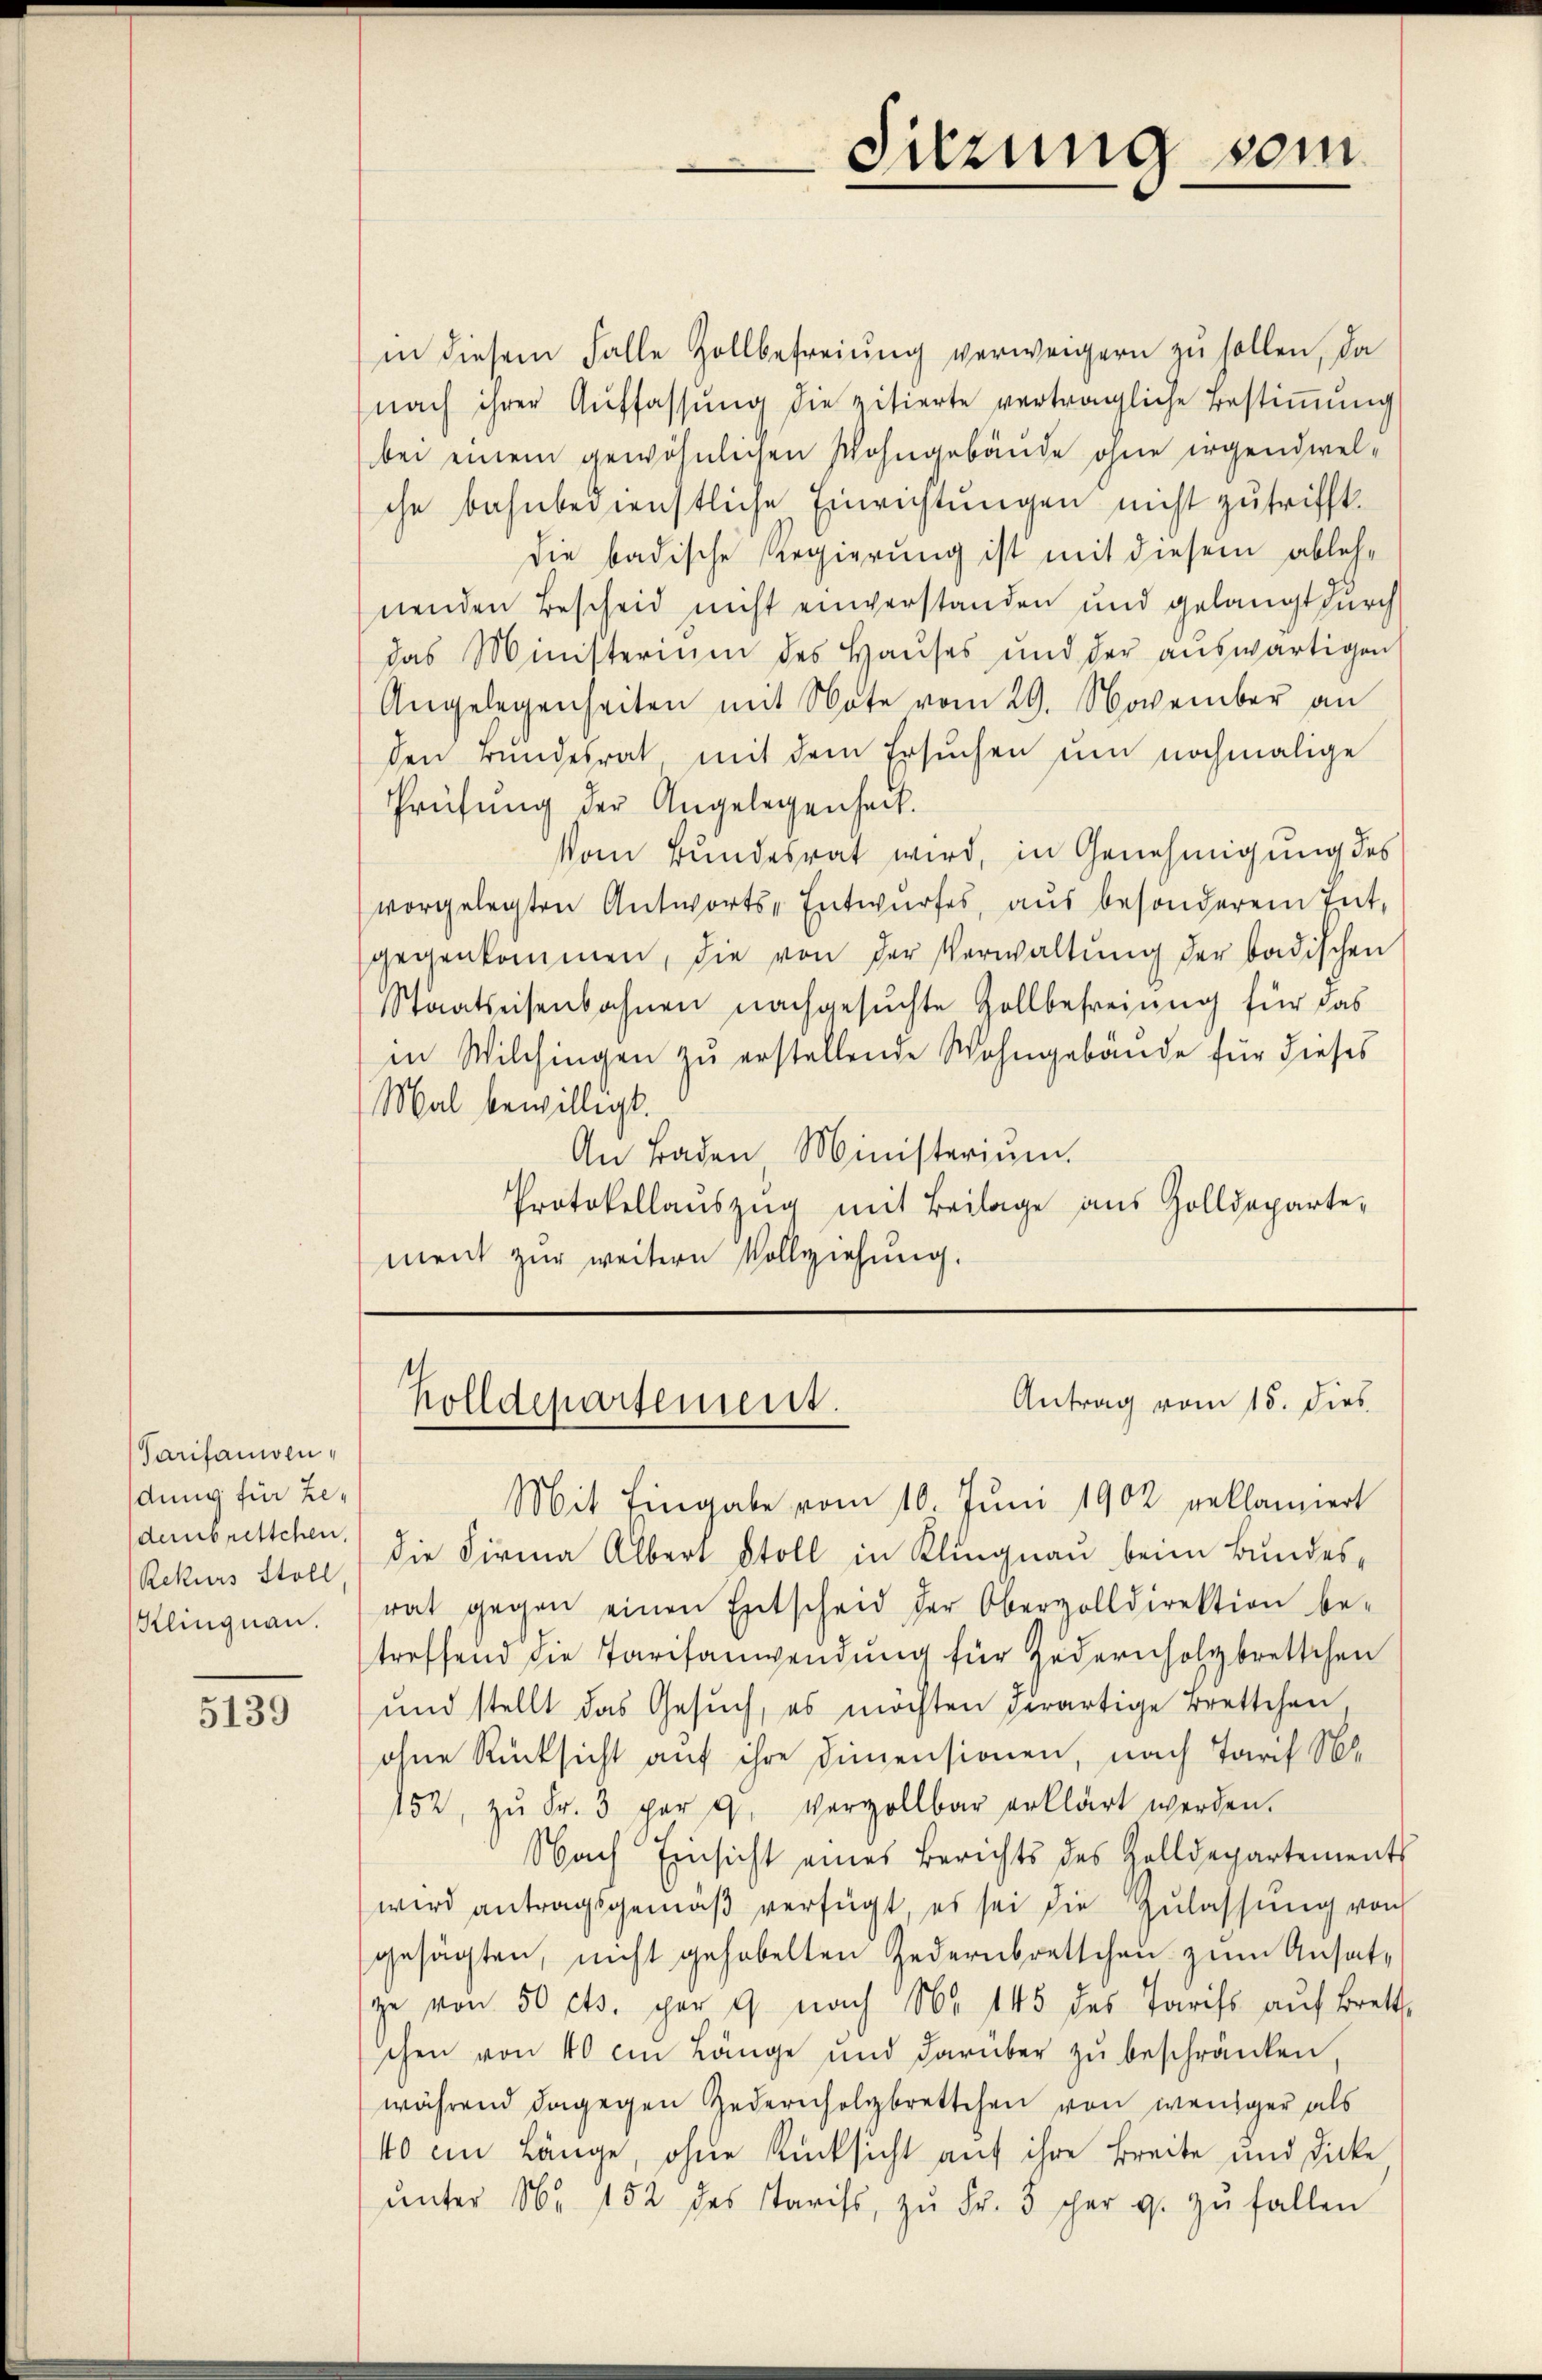
Tarifanoen,
dung für Zedembrettchen,
Rekurs Stoll
Klingnau.

5139

in diesem Falle Zollbefreiung verweigern zu sollen, da
nach ihrer Auffassung die zitierte verträgliche Bestimmung
bei einem gewöhnlichen Wohngebäude ohne irgendwelche bahnbedienstliche Einrichtungen nicht zutrifft.
die badische Regierung ist mit diesem ablehnenden Bescheid nicht einverstanden und gelangt durch
das Ministerium des Haŭses und der aŭswärtigen
Angelegenheiten mit Note vom 29. November an
den Bundesrat mit dem Ersuchen um nochmalige
Prüfung der Angelegenheit.
Vom Bundesrat wird, in Genehmigung des
vorgelegten Antworts-Entwurfes, aus besonderem Tat,
gegenkommen, die von der Verwaltŭng der badischen
Staatseisenbahnen nachgesuchte Zollbefreiung für das
in Wilchingen zu erstellende Wohngebäude für dieses
Mal bewilligt.
An Baden Ministerium.
Protokollauszug mit Beilage aus Zolldepartement zur weitern Vollziehung.

Sitzung vom

Antrag vom 15. dies
Holldepartement.

Mit Eingabe vom 10. Juni 1902 geklamiert
die Firma Albert Stoll in Klingnau beim Bundes,
rat gegen einen Entscheid der Oberzolldirektion be-
treffend die Tarifanwendung für Zudernholzbrettchen
und stellt das Gesŭch, es möchten derartige Brettchen,
ohne Rücksicht auf ihre Dimensionen, nach Tarif S
152, zŭ Fr. 3 par 9. vergollbar erklärt werden.
Nach Einsicht eines Berichts des Zolldepartements
wird antragsgemäβ verfügt, es sei die Zulassŭng von
gesagten, nicht gehobelten Zedernbrettchen zum Ansatz
ge von 50 cts. per 9 nach No 145 des Tarifs aŭf Brett
schen von 40 cm Länge und darüber zŭ beschränken,
während dagegen Gederholzbrettchen von weniger als
40 ein Länge, ohne Rücksicht auf ihre Breite und Dicke,
ŭnter Nr. 152 des Tarifs, zŭ Fr. 3 scher 9. zŭ fallen